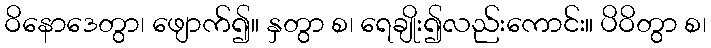
ဝိနောဒေတွာ၊ ဖျောက်၍။ နှတွာ စ၊ ရေချိုး၍လည်းကောင်း။ ပိဝိတွာ စ၊